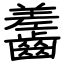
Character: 齹